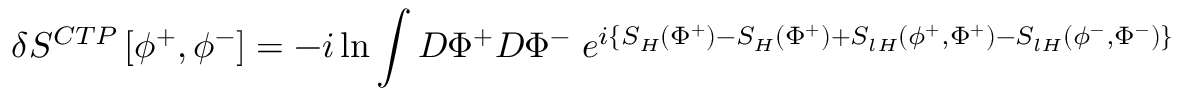
\delta S ^ { C T P } \left[ \phi ^ { + } , \phi ^ { - } \right] = - i \ln \int D \Phi ^ { + } D \Phi ^ { - } \; e ^ { i \left\{ S _ { H } \left( \Phi ^ { + } \right) - S _ { H } \left( \Phi ^ { + } \right) + S _ { l H } \left( \phi ^ { + } , \Phi ^ { + } \right) - S _ { l H } \left( \phi ^ { - } , \Phi ^ { - } \right) \right\} }